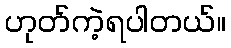
ဟုတ်ကဲ့ရပါတယ်။